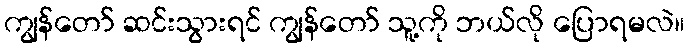
ကျွန်တော် ဆင်းသွားရင် ကျွန်တော် သူ့ကို ဘယ်လို ပြောရမလဲ။